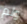
ولم